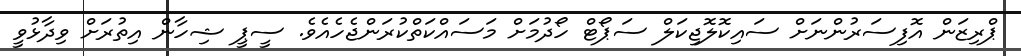
ޕްރިޒަން އޮފިސަރުންނަށް ސައިކޮލޮޖިކަލް ސަޕޯޓް ހޯދުމަށް މަސައްކަތްކުރަންޖެހެއެވެ. ސީޕީ ޝިހާން އިތުރަށް ވިދާޅުވީ